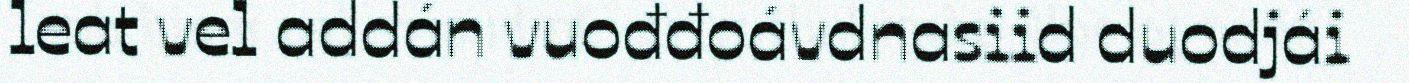
leat vel addán vuođđoávdnasiid duodjái